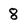
Character: 8